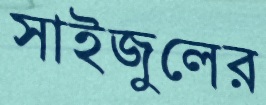
সাইজুলের